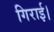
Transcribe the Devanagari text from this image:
गिराई।